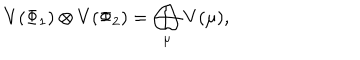
V ( \Phi _ { 1 } ) \otimes V ( \Phi _ { 2 } ) = \bigoplus _ { \mu } V ( \mu ) ,